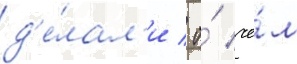
д'е́лал'и / о́ че́м